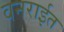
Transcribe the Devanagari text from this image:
वनरार्इत